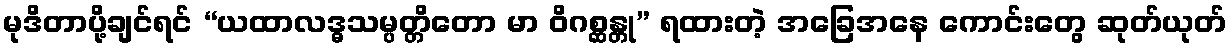
မုဒိတာပို့ချင်ရင် “ယထာလဒ္ဓသမ္ပတ္တိတော မာ ဝိဂစ္ဆန္တု” ရထားတဲ့ အခြေအနေ ကောင်းတွေ ဆုတ်ယုတ်